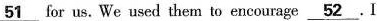
\underline{51}for us.We used them to encourage\underline{52}.I